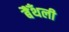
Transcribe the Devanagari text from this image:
बैँथली